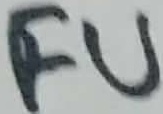
Text: FU